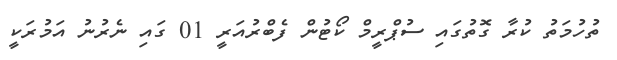
ތުހުމަތު ކުރާ ގޮތުގައި ސުޕްރީމް ކޯޓުން ފެބްރުއަރީ 01 ގައި ނެރުނު އަމުރަކީ